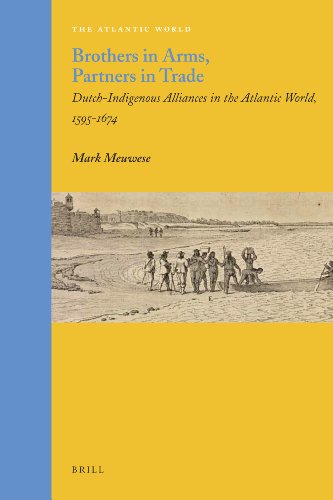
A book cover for Brothers in Arms, Partners in Trade (Atlantic World - Europe, Africa and the Americas, 1500-1830); Mark Meuwese; History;